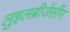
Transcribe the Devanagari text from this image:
लुइलब्रीजेंसींम